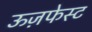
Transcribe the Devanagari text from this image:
ऊज़फेस्ट